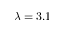
\lambda = 3 . 1